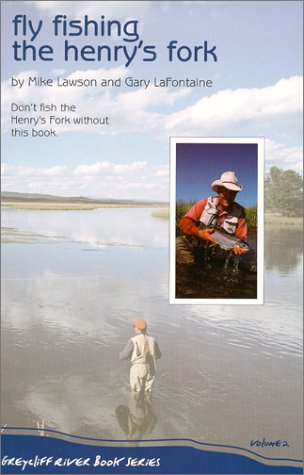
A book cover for Fly Fishing The Henry's Fork (Greycliff River Series, Vol. 2); Mike Lawson; Travel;